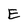
Character: E